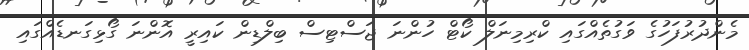
މެންދުރުފަހުގެ ވަގުތެއްގައި ކްރިމިނަލް ކޯޓް ހުންނަ ޖަސްޓިސް ބިލްޑިން ކައިރީ އޮންނަ ގޯޅިގަނޑެއްގައި